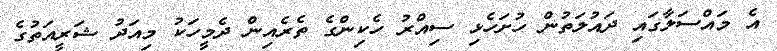
އެ މައްސަލާގައި ދައުލަތުން ހުށަހެޅި ސިއްރު ހެކިންގެ ތެރެއިން ދެމީހަކު މިއަދު ޝަރީއަތުގެ